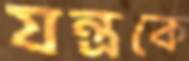
যন্ত্রকে